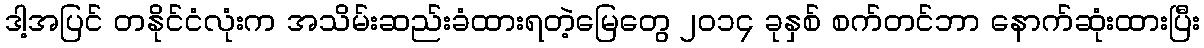
ဒါ့အပြင် တနိုင်ငံလုံးက အသိမ်းဆည်းခံထားရတဲ့မြေတွေ ၂၀၁၄ ခုနှစ် စက်တင်ဘာ နောက်ဆုံးထားပြီး